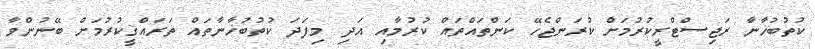
ކުތުބުޚާނާ ރަޖިސްޓްރީކުރުމަށް ކުރަންޖެހޭ ކަންތައްތައް ކުރުމާއި އަދި މިފަދަ ކުތުބުޚާނާތައް ތަރައްޤީކުރުމަށް ބޭނުންވާ